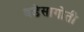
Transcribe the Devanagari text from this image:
वडेसागोती